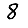
Digit: 8